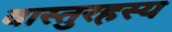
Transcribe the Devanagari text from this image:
वास्तुरहस्य